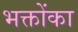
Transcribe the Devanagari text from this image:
भक्तोंका